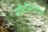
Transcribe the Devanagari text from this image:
सीटोस्टेरॉल